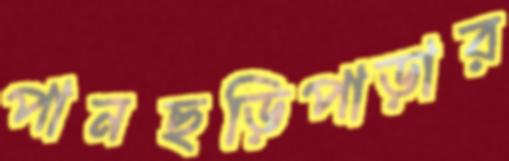
পানছড়িপাড়ার